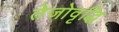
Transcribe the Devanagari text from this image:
तेजोवृद्धि